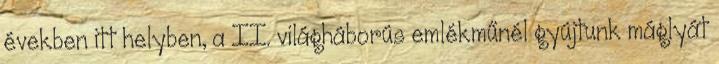
években itt helyben, a II. világháborús emlékműnél gyújtunk máglyát